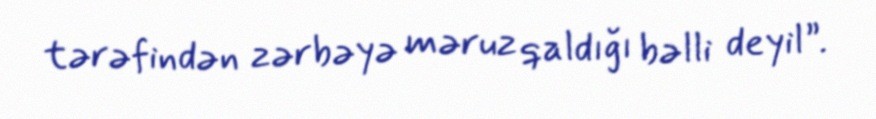
tərəfindən zərbəyə məruz qaldığı bəlli deyil”.